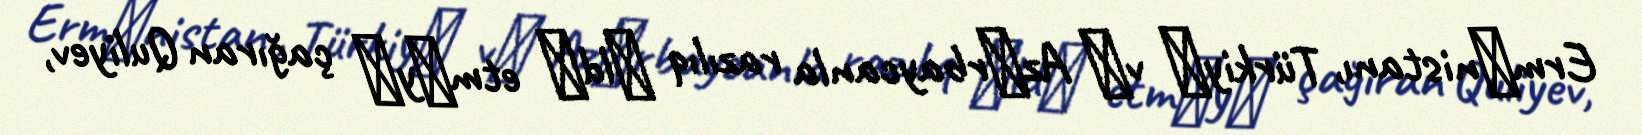
Ermǝnistanı, Türkiyǝ vǝ Azǝrbaycanla razılıq ǝldǝ etmǝyǝ çağıran Quliyev,